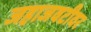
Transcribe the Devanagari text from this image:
जहाजवटीवर